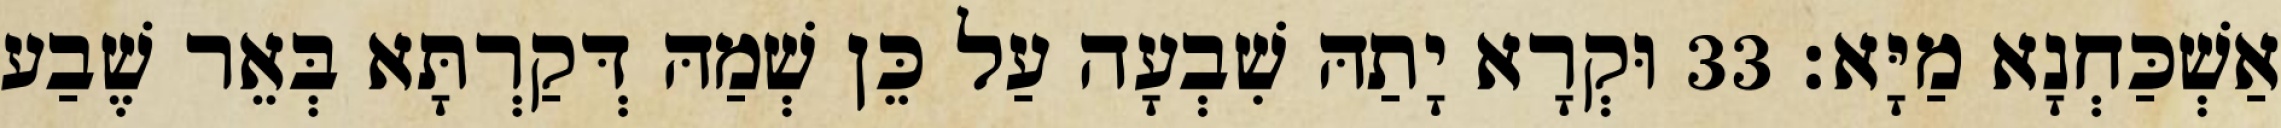
אַשְׁכַּחְנָא מַיָּא׃ 33 וּקְרָא יָתַהּ שִׁבְעָה עַל כֵּן שְׁמַהּ דְּקַרְתָּא בְּאֵר שֶׁבַע